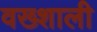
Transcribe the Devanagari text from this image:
वख्शाली